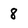
Character: 8